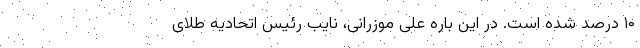
۱۰ درصد شده است. در این باره علی موزرانی، نایب رئیس اتحادیه طلای